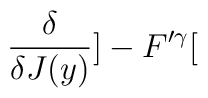
\frac{\delta }{\delta J(y)}]-F'^{\gamma }[